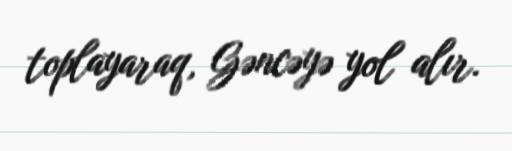
toplayaraq, Gəncəyə yol alır.